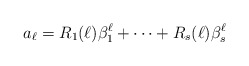
\begin{align*}a_{\ell}=R_1(\ell)\beta_1^{\ell}+\cdots+R_s(\ell)\beta_s^{\ell}\end{align*}